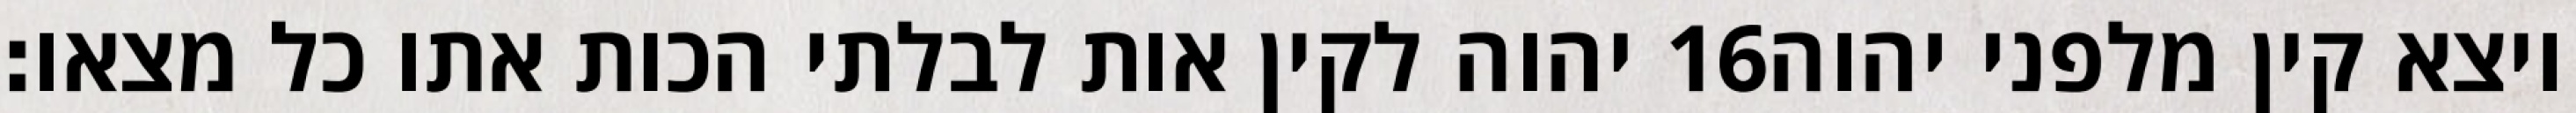
יהוה לקין אות לבלתי הכות אתו כל מצאו׃ ‎16‏ ויצא קין מלפני יהוה